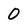
Character: 0